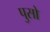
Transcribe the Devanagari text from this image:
पुसो